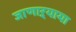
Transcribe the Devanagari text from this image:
जाणाऱ्याया